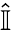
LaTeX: \hat{\mathbb{I}}